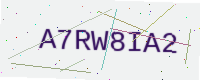
Text: A7RW8IA2